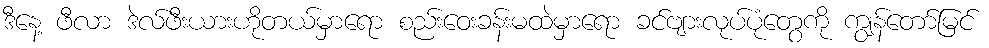
ဒီနေ့ ဖီလာ ဒဲလ်ဖီးယားဟိုတယ်မှာရော စည်းဝေးခန်းမထဲမှာရော ခင်ဗျားလုပ်ပုံတွေကို ကျွန်တော်မြင်